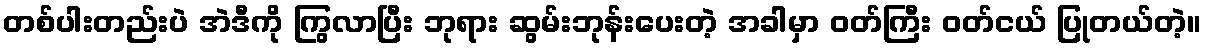
တစ်ပါးတည်းပဲ အဲဒီကို ကြွလာပြီး ဘုရား ဆွမ်းဘုန်းပေးတဲ့ အခါမှာ ဝတ်ကြီး ဝတ်ငယ် ပြုတယ်တဲ့။